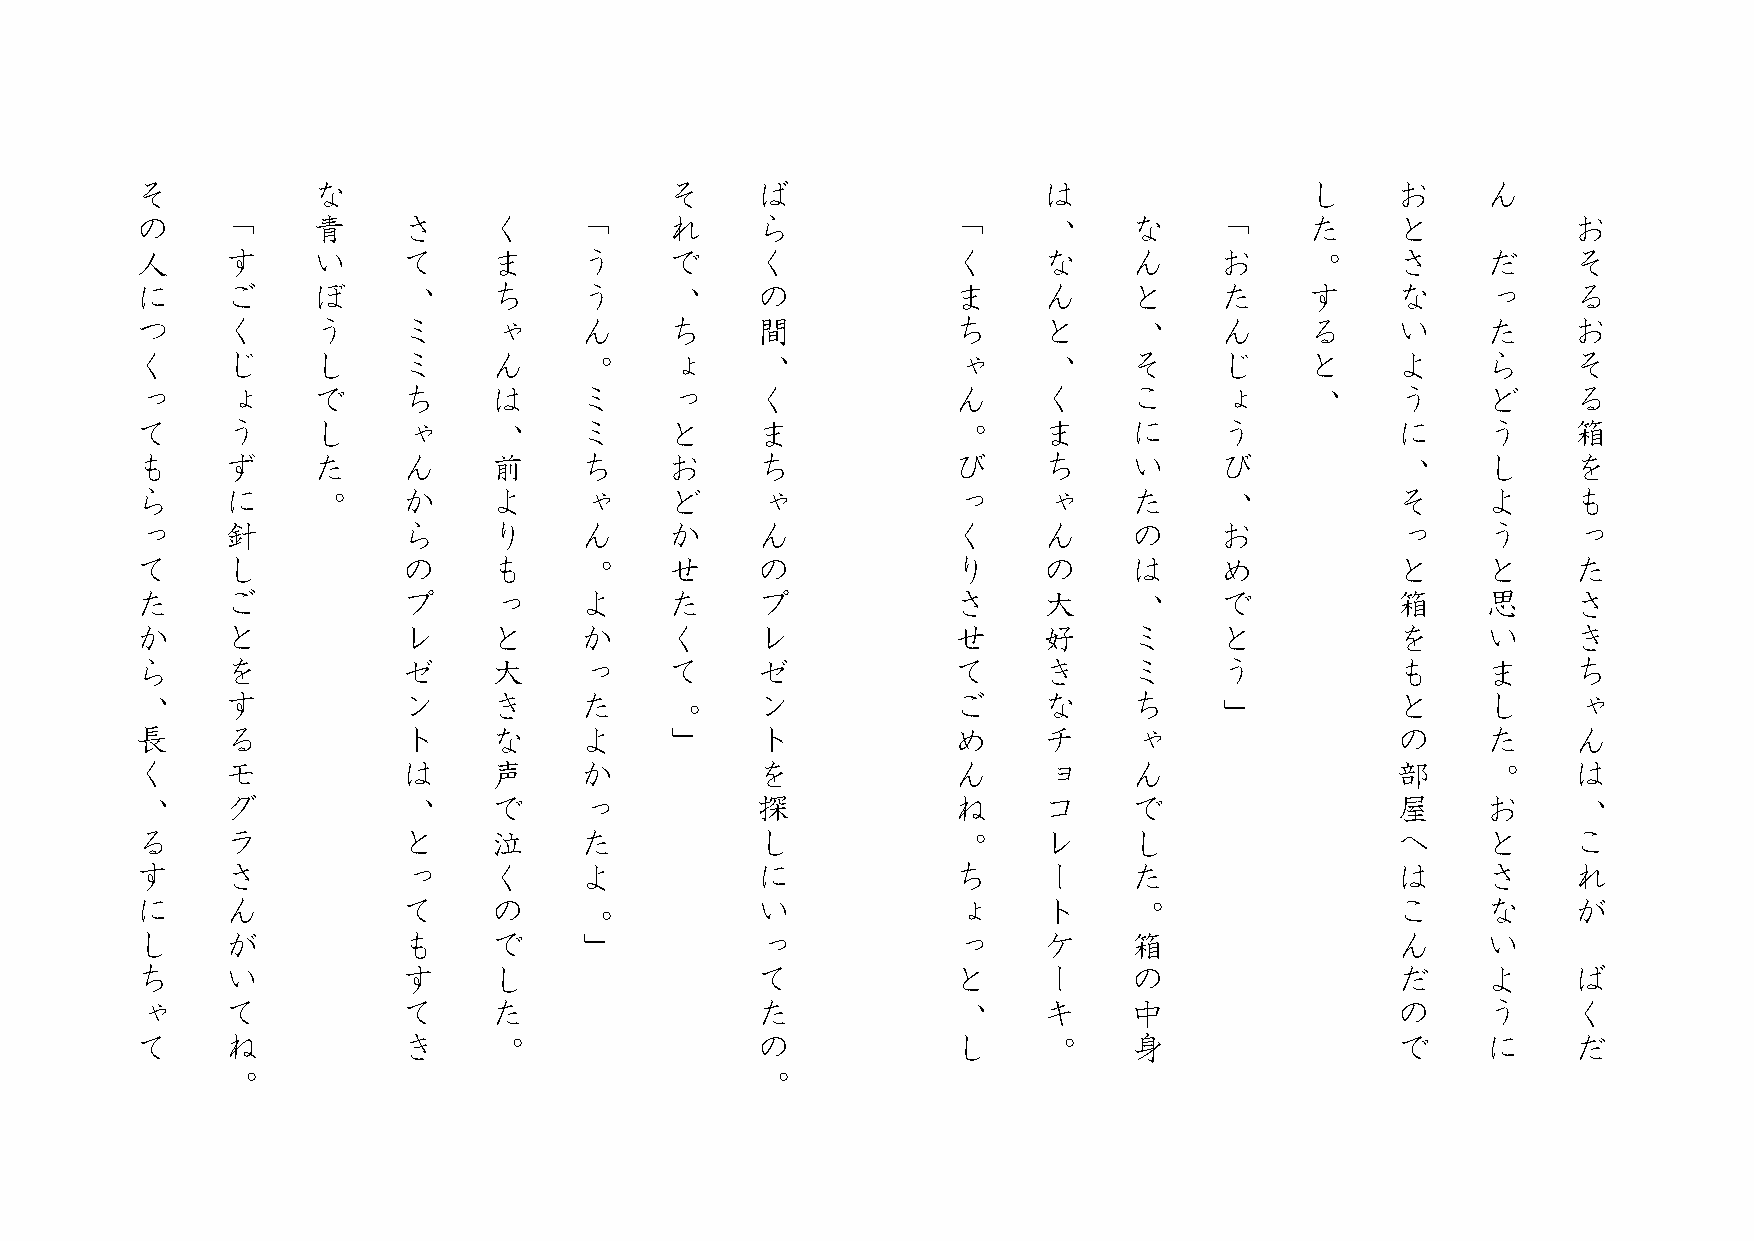
そ           な                      そ     ば                  は                 し    お     ん
 の     「     青     さ     く    「     れ     ら            「     、     な     「     た    と           お
 人     す     い     て     ま    う     で     く            く     な     ん     お     。    さ     だ     そ
 に     ご     ぼ     、     ち    う     、     の            ま     ん     と     た     す    な     っ     る
 つ     く     う     ミ     ゃ    ん     ち     間            ち     と     、     ん     る    い     た     お
 く     じ     し     ミ     ん    。     ょ     、            ゃ     、     そ     じ     と    よ     ら     そ
 っ     ょ     で     ち     は    ミ     っ     く            ん     く     こ     ょ     、    う     ど     る
 て     う     し     ゃ     、    ミ     と     ま            。     ま     に     う          に     う     箱
 も     ず     た     ん     前    ち     お     ち            び     ち     い     び          、     し     を
 ら     に     。     か     よ    ゃ     ど     ゃ            っ     ゃ     た     、          そ     よ     も
 っ     針           ら     り    ん     か     ん            く     ん     の     お          っ     う     っ
 て     し           の     も    。     せ     の            り     の     は     め          と     と     た
 た     ご           プ     っ    よ     た     プ            さ     大     、     で          箱     思     さ
 か     と           レ     と    か     く     レ            せ     好     ミ     と          を     い     き
 ら     を           ゼ     大    っ     て     ゼ            て     き     ミ     う          も     ま     ち
 、     す           ン     き    た     。     ン            ご     な     ち     」          と     し     ゃ
 長     る           ト     な    よ     」     ト            め     チ     ゃ                の     た     ん
 く     モ           は     声    か           を            ん     ョ     ん                部     。     は
 、     グ           、     で    っ           探            ね     コ     で                屋     お     、
 る     ラ           と     泣    た           し            。     レ     し                へ     と     こ
 す     さ           っ     く    よ           に            ち     ー     た                は     さ     れ
 に     ん           て     の                い            ょ     ト     。                こ     な     が
 。
 し     が           も     で    」           っ            っ     ケ     箱                ん     い
 ち     い           す     し                て            と     ー     の                だ     よ     ば
 ゃ     て           て     た                た            、     キ     中                の     う     く
 て     ね           き     。                の            し     。     身                で     に     だ
 。                                  。